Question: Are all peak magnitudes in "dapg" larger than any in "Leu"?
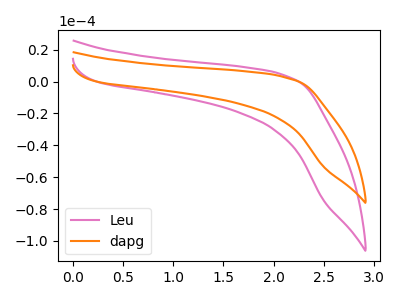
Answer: <think>The pink curve "Leu" has no peaks. The orange curve "dapg" has no peaks.</think>
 <answer>Niether CV has any peaks.</answer>
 <eval>blanks</eval>